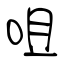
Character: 咀